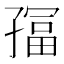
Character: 𫲮